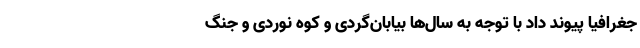
جغرافیا پیوند داد با توجه به سال‌ها بیابان‌گردی و کوه نوردی و جنگ